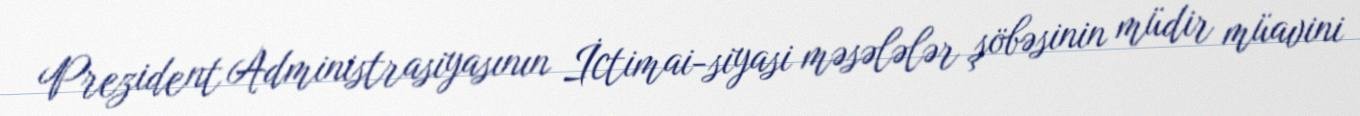
Prezident Administrasiyasının İctimai-siyasi məsələlər şöbəsinin müdir müavini